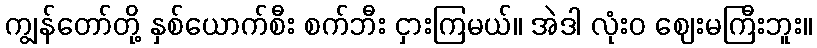
ကျွန်တော်တို့ နှစ်ယောက်စီး စက်ဘီး ငှားကြမယ်။ အဲဒါ လုံးဝ ဈေးမကြီးဘူး။